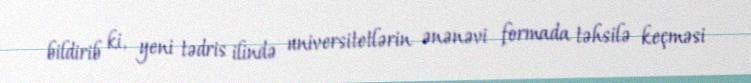
bildirib ki, yeni tədris ilində universitetlərin ənənəvi formada təhsilə keçməsi